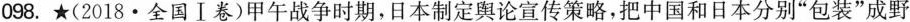
098.★(2018 · 全国Ⅰ卷)甲午战争时期，日本制定舆论宣传策略，把中国和日本分别”包装”成野